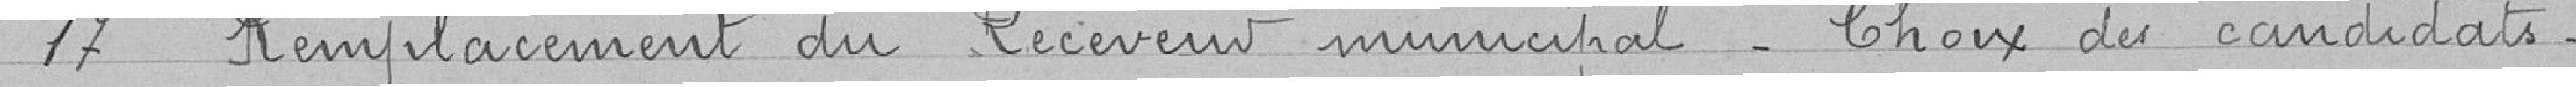
17. Remplacement du Receveur Municipal - Choix des candidats